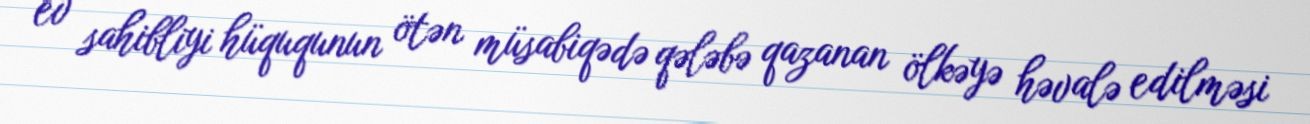
ev sahibliyi hüququnun ötən müsabiqədə qələbə qazanan ölkəyə həvalə edilməsi